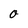
Character: O